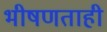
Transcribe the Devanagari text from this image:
भीषणताही